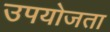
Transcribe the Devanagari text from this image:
उपयोजता